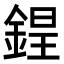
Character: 𨨌